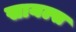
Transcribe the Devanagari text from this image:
सायल्स